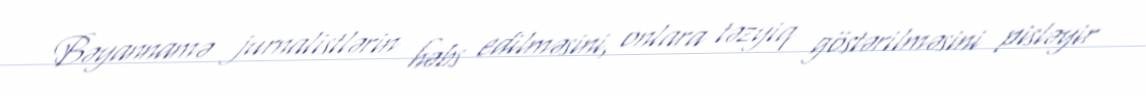
Bəyannamə jurnalistlərin həbs edilməsini, onlara təzyiq göstərilməsini pisləyir